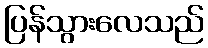
ပြန်သွားလေသည်